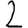
Digit: 2